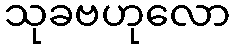
သုခဗဟုလော